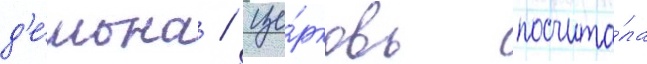
д'е́мона / це́рковь посчита́ла